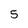
Character: 5